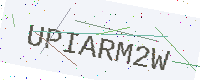
Text: UPIARM2W